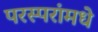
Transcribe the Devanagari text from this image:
परस्‍परांमधे